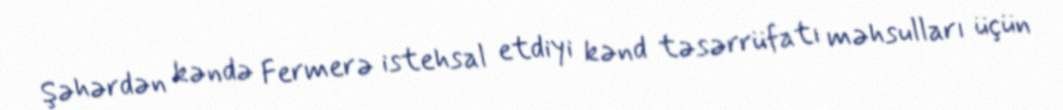
Şəhərdən kəndə Fermerə istehsal etdiyi kənd təsərrüfatı məhsulları üçün